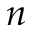
n